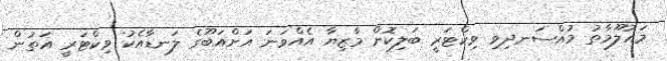
މައުލޫމާތު މުއްސަނދިވި ވިކްޓަރީ ބަލިކޮށް މާޒިޔާ އެއްވަނަ އަށްއަބޫގެ ލަނޑާއެކު ވިކްޓަރީ އަތުން